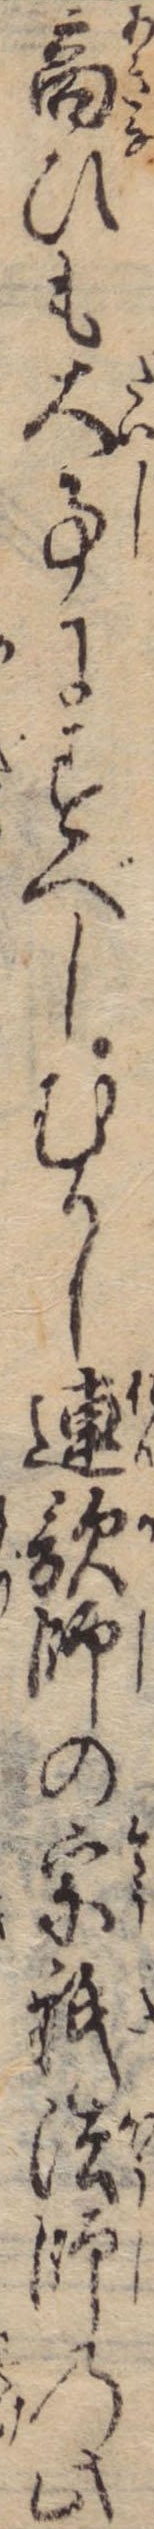
商ひも大事にすべしむかし連歌師の宗祇法師の此